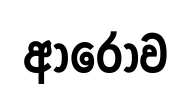
ආරෝව